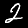
Digit: 2